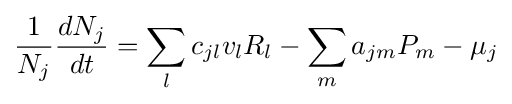
{\frac {1}{N_{j}}}{\frac {dN_{j}}{dt}}=\sum _{l}c_{jl}v_{l}R_{l}-\sum _{m}a_{jm}P_{m}-\mu _{j}